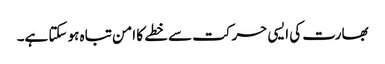
بھارت کی ایسی حرکت سے خطے کا امن تباہ ہو سکتا ہے۔